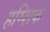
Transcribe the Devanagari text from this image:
हम्शिक